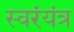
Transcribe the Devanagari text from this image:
स्वरंयंत्र